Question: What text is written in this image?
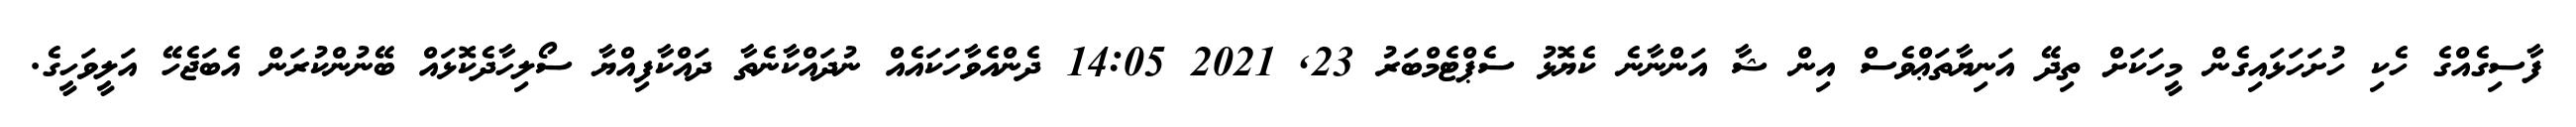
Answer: ފާސިގެއްގެ ހެކި ހުށަހަޅައިގެން މީހަކަށް ތިދޭ އަނިޔާތަޢްވެސް އިން ޝާ އަންނާނެ ކެޔޮޅު ސެޕްޓެމްބަރު 23, 2021 14:05 ދެންއެވާހަކައެއް ނުދައްކާނެތާ ދައްކާފިއްޔާ ސޯލިހާދެކޮޅައް ބޭނުންކުރަން އެބަޖެހޭ އަލީވަހީގެ.